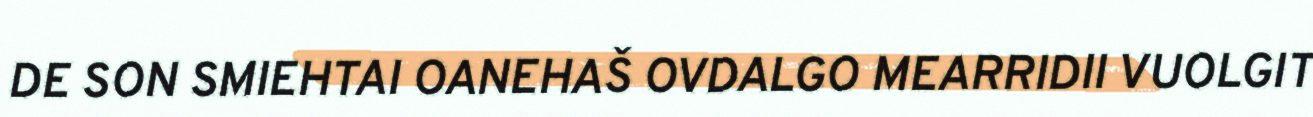
DE SON SMIEHTAI OANEHAŠ OVDALGO MEARRIDII VUOLGIT